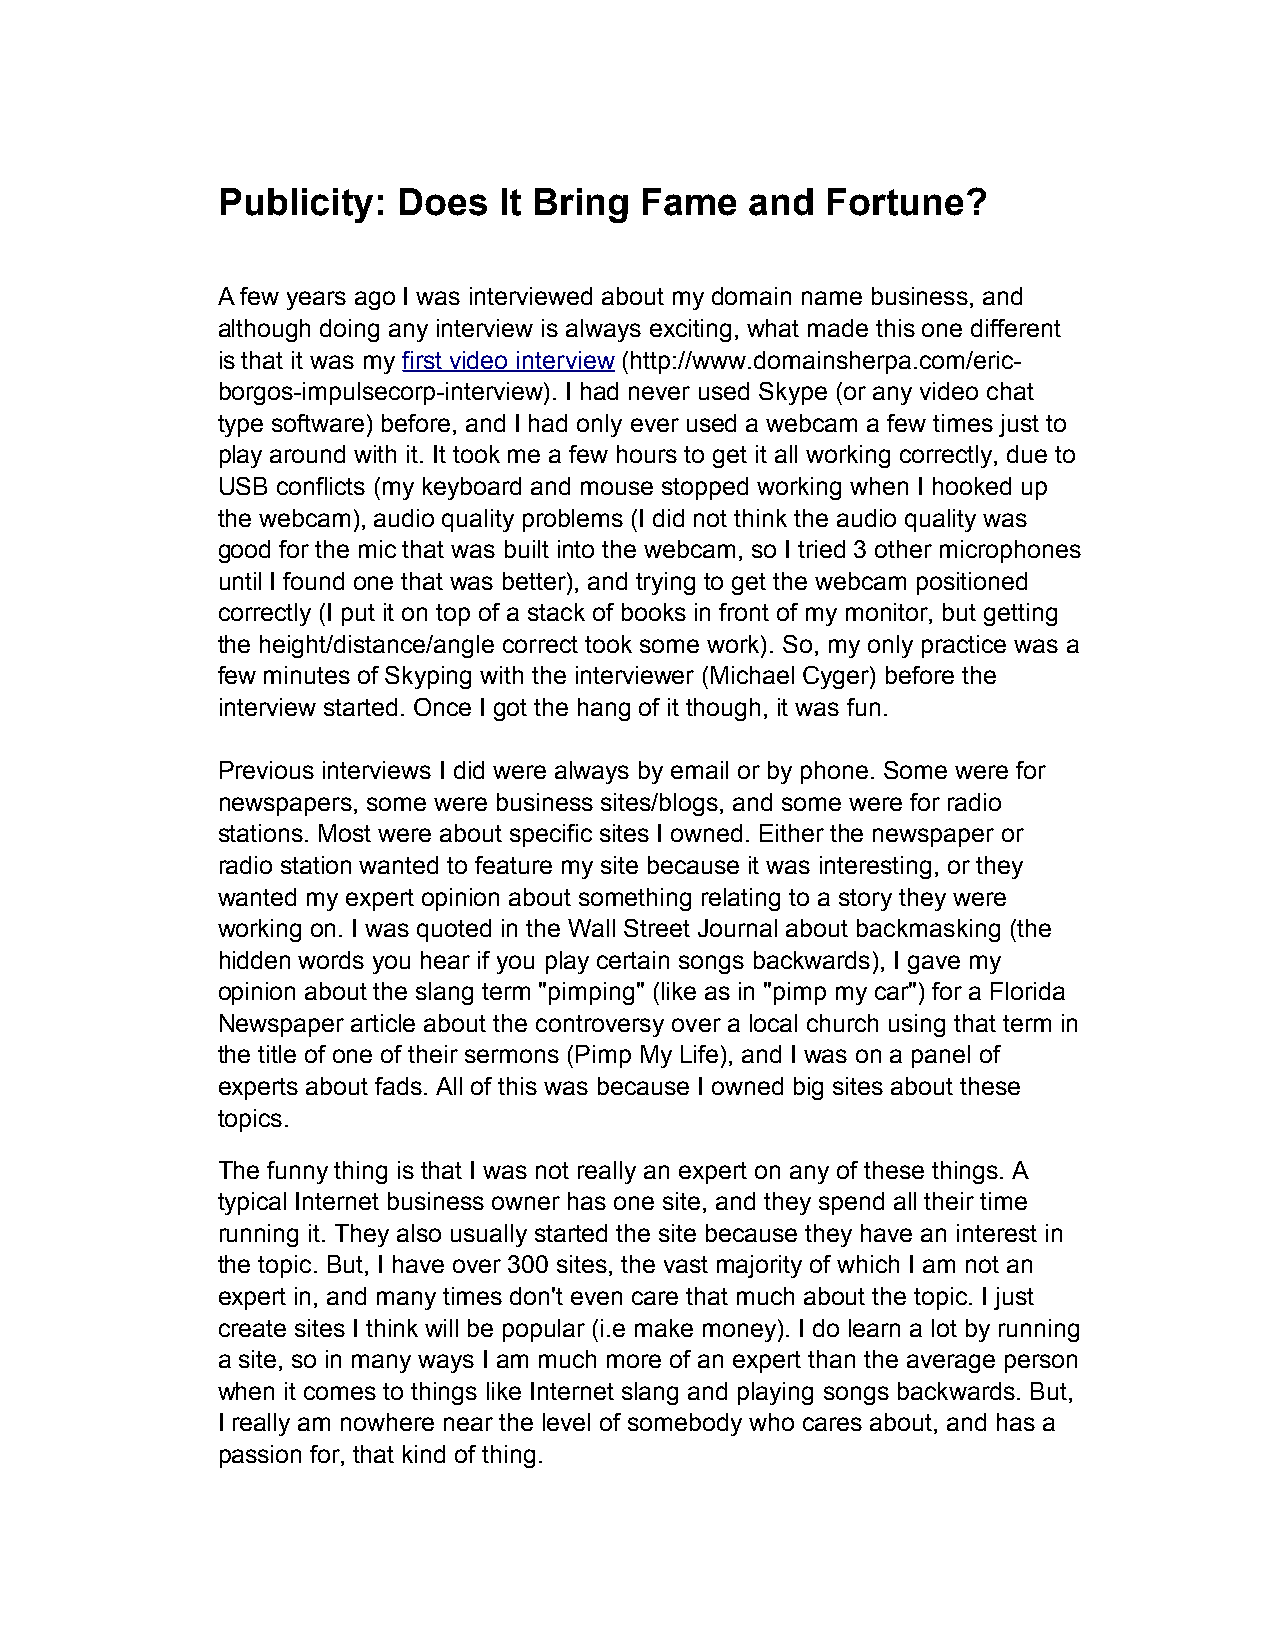
Publicity:  Does   It Bring Fame    and  Fortune?
 A few years ago I was interviewed about my domain name business, and
 although doing any interview is always exciting, what made this one different
 is that it was my first video interview (http://www.domainsherpa.com/eric-
 borgos-impulsecorp-interview). I had never used Skype (or any video chat
 type software) before, and I had only ever used a webcam a few times just to
 play around with it. It took me a few hours to get it all working correctly, due to
 USB conflicts (my keyboard and mouse stopped working when I hooked up
 the webcam), audio quality problems (I did not think the audio quality was
 good for the mic that was built into the webcam, so I tried 3 other microphones
 until I found one that was better), and trying to get the webcam positioned
 correctly (I put it on top of a stack of books in front of my monitor, but getting
 the height/distance/angle correct took some work). So, my only practice was a
 few minutes of Skyping with the interviewer (Michael Cyger) before the
 interview started. Once I got the hang of it though, it was fun.
 Previous interviews I did were always by email or by phone. Some were for
 newspapers, some were business sites/blogs, and some were for radio
 stations. Most were about specific sites I owned. Either the newspaper or
 radio station wanted to feature my site because it was interesting, or they
 wanted my expert opinion about something relating to a story they were
 working on. I was quoted in the Wall Street Journal about backmasking (the
 hidden words you hear if you play certain songs backwards), I gave my
 opinion about the slang term "pimping" (like as in "pimp my car") for a Florida
 Newspaper article about the controversy over a local church using that term in
 the title of one of their sermons (Pimp My Life), and I was on a panel of
 experts about fads. All of this was because I owned big sites about these
 topics.
 The funny thing is that I was not really an expert on any of these things. A
 typical Internet business owner has one site, and they spend all their time
 running it. They also usually started the site because they have an interest in
 the topic. But, I have over 300 sites, the vast majority of which I am not an
 expert in, and many times don't even care that much about the topic. I just
 create sites I think will be popular (i.e make money). I do learn a lot by running
 a site, so in many ways I am much more of an expert than the average person
 when it comes to things like Internet slang and playing songs backwards. But,
 I really am nowhere near the level of somebody who cares about, and has a
 passion for, that kind of thing.